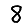
Digit: 8